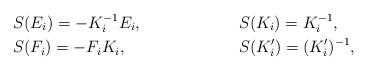
LaTeX: \begin{align*}&S(E_i)=-K_i^{-1}E_i, & &S(K_i)=K_i^{-1}, \\&S(F_i)=-F_iK_i, & &S(K'_i) = (K'_i)^{-1},\end{align*}